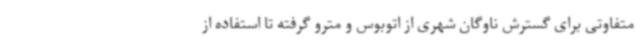
متفاوتی برای گسترش ناوگان شهری از اتوبوس و مترو گرفته تا استفاده از